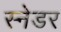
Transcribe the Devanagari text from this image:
स्नेडर